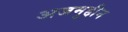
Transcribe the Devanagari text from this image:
अजमुद्दीन